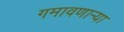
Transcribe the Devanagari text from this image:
गमावणाऱ्या